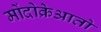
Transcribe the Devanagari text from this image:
मोंदोक्रेआतो